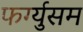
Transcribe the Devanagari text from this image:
फर्ग्युसम